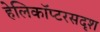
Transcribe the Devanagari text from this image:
हेलिकॉप्टरसदृश